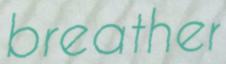
breather